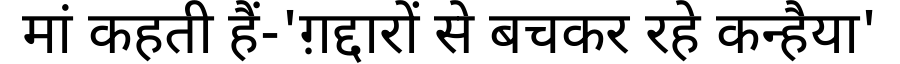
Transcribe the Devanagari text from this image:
मां कहती हैं-'ग़द्दारों से बचकर रहे कन्हैया'